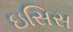
ઇસિસ